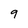
Character: 9